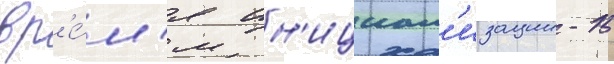
вр'е́м'я ин'ициал'изации - 15